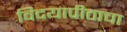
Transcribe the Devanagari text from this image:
विदयापीठाचा